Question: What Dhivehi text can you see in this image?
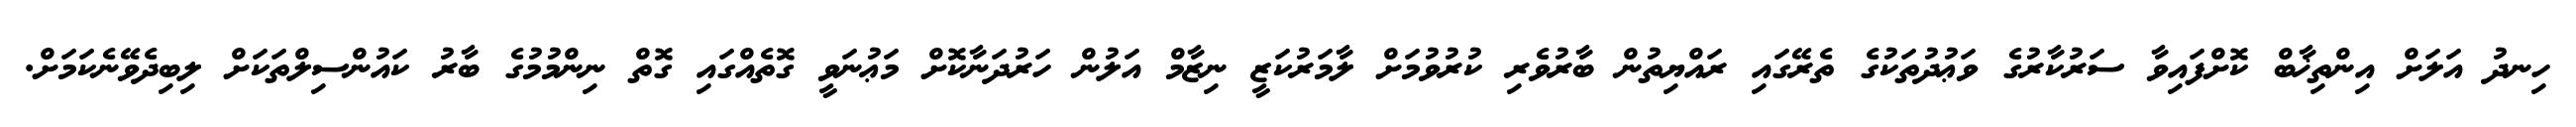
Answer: ހިނދު އަލަށް އިންތިޚާބް ކޮށްފައިވާ ސަރުކާރުގެ ވަޢުދުތަކުގެ ތެރޭގައި ރައްޔިތުން ބާރުވެރި ކުރުވުމަށް ލާމަރުކަޒީ ނިޒާމް އަލުން ހަރުދަނާކޮށް މަޢުނަވީ ގޮތެއްގައި ގޮތް ނިންމުމުގެ ބާރު ކައުންސިލްތަކަށް ލިބިދެވޭނެކަމަށް.